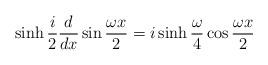
LaTeX: \begin{align*}\sinh \frac{i}{2}\frac{d}{dx} \sin\frac{\omega x}{2}= i \sinh\frac{\omega}{4}\cos\frac{\omega x}{2}\end{align*}